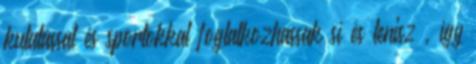
kutatással és sportokkal foglalkozhassak sí és tenisz , így